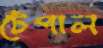
টেপাল